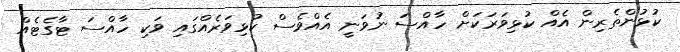
ކުޅުންތެރިން އެއް ކުޅިވަރަކަށް ހާއްސަ ނުވަނީ އެއްވެސް ކުޅިވަރެއްގައި ވަކި ހާއްސަ ޓާގެޓެއް